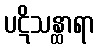
ပဋိသန္ထာရာ